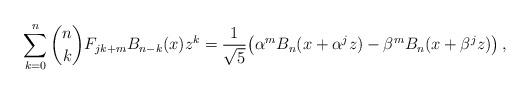
LaTeX: \begin{align*}\sum_{k = 0}^n {\binom nkF_{jk + m} B_{n - k} (x)z^k } =\frac{1}{\sqrt5}\big( \alpha^m B_n(x + \alpha ^j z) -\beta^m B_n (x + \beta ^j z)\big)\,,\end{align*}